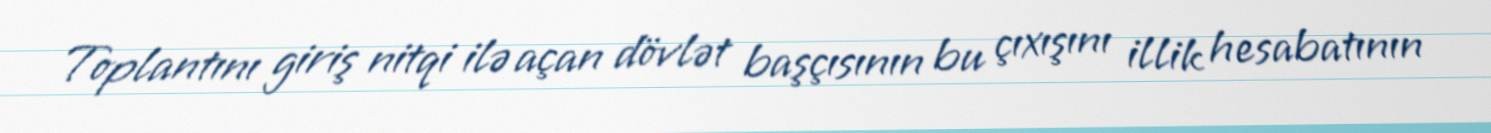
Toplantını giriş nitqi ilə açan dövlət başçısının bu çıxışını illik hesabatının